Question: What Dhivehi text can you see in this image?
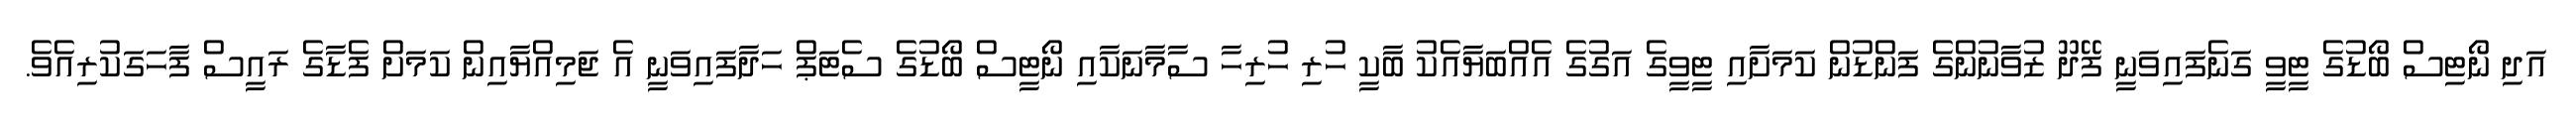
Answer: އަދި ނޯޓިސް ބޯޑުގެ ޓީވީ ގަނެފައިވަނީ ފޭދޫ ޒުވާނުންގެ ފަންޑުން ކަމަށާއި ޓީވީގެ އަގުގެ އެއްބަޔާއެކު ބާކީ ހުރި ހުރިހާ ސާމާނަކާއި ނޯޓީސް ބޯޑުގެ ސެޓަޕް ހަދާފައިވަނީ އެ ޖަމިއްޔާއިން ކަމަށް ފެޑާގެ ރައީސް ފާހަގަކުރިއެވެ.